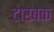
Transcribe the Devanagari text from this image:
टारबक